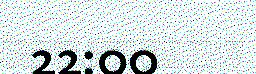
22:00